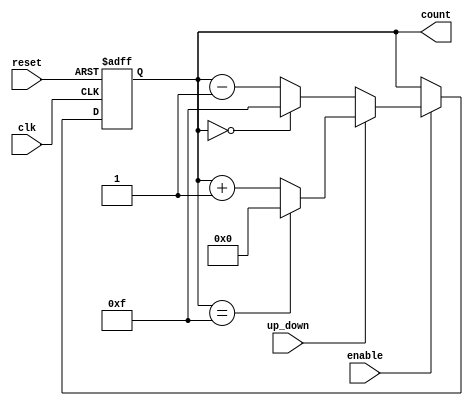
module UpDownCounter (
    input wire clk,               // Clock signal
    input wire reset,             // Asynchronous reset signal
    input wire up_down,           // Control signal for counting direction
    input wire enable,            // Enable signal for counting
    output reg [3:0] count        // 4-bit counter output
);

    // Parameter for maximum count value
    parameter MAX_COUNT = 4'b1111; // 15 in decimal

    always @(posedge clk or posedge reset) begin
        if (reset) begin
            count <= 4'b0000;       // Reset counter to 0
        end else if (enable) begin
            if (up_down) begin
                if (count == MAX_COUNT) begin
                    count <= 4'b0000; // Wrap around to 0 on overflow
                end else begin
                    count <= count + 1; // Increment count
                end
            end else begin
                if (count == 4'b0000) begin
                    count <= MAX_COUNT; // Wrap around to MAX_COUNT on underflow
                end else begin
                    count <= count - 1; // Decrement count
                end
            end
        end
    end
    
endmodule